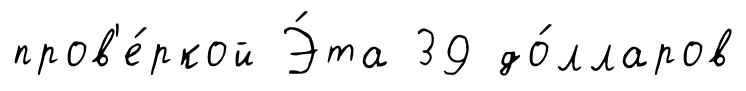
пров'е́ркой Э́та 39 до́лларов